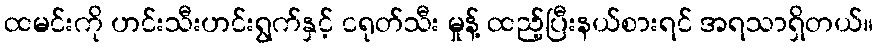
ထမင်းကို ဟင်းသီးဟင်းရွက်နှင့် ငရုတ်သီး မှုန့် ထည့်ပြီးနယ်စားရင် အရသာရှိတယ်။